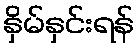
နှိမ်နှင်းရန်